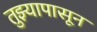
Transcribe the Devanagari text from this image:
तुझ्यापासून